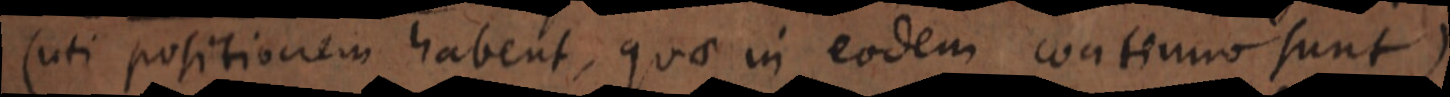
(uti positionem habent, quae in eodem continuo sunt)